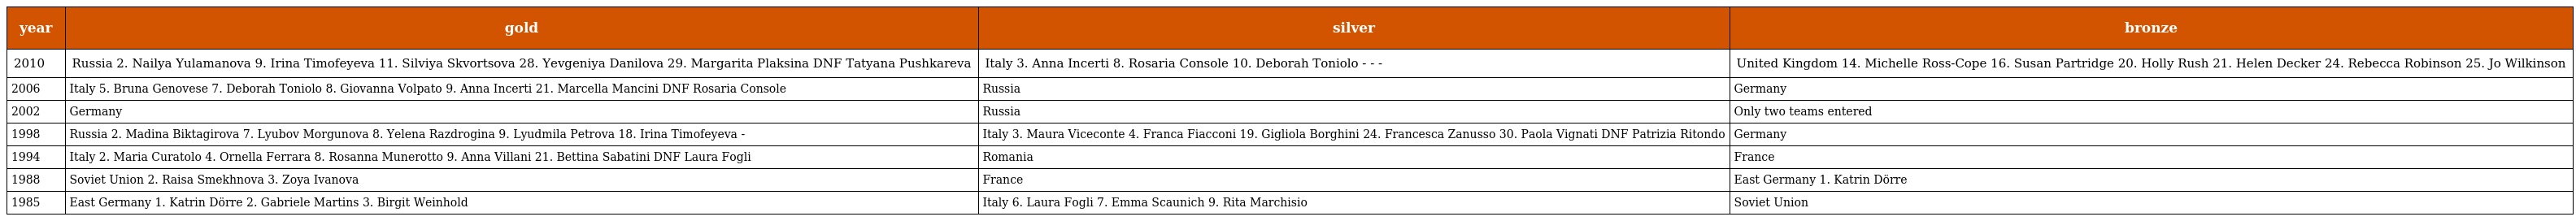
| year | gold | silver | bronze |
 | --- | --- | --- | --- |
 | 2010 | Russia 2. Nailya Yulamanova 9. Irina Timofeyeva 11. Silviya Skvortsova 28. Yevgeniya Danilova 29. Margarita Plaksina DNF Tatyana Pushkareva | Italy 3. Anna Incerti 8. Rosaria Console 10. Deborah Toniolo - - - | United Kingdom 14. Michelle Ross-Cope 16. Susan Partridge 20. Holly Rush 21. Helen Decker 24. Rebecca Robinson 25. Jo Wilkinson |
 | 2006 | Italy 5. Bruna Genovese 7. Deborah Toniolo 8. Giovanna Volpato 9. Anna Incerti 21. Marcella Mancini DNF Rosaria Console | Russia | Germany |
 | 2002 | Germany | Russia | Only two teams entered |
 | 1998 | Russia 2. Madina Biktagirova 7. Lyubov Morgunova 8. Yelena Razdrogina 9. Lyudmila Petrova 18. Irina Timofeyeva - | Italy 3. Maura Viceconte 4. Franca Fiacconi 19. Gigliola Borghini 24. Francesca Zanusso 30. Paola Vignati DNF Patrizia Ritondo | Germany |
 | 1994 | Italy 2. Maria Curatolo 4. Ornella Ferrara 8. Rosanna Munerotto 9. Anna Villani 21. Bettina Sabatini DNF Laura Fogli | Romania | France |
 | 1988 | Soviet Union 2. Raisa Smekhnova 3. Zoya Ivanova | France | East Germany 1. Katrin Dörre |
 | 1985 | East Germany 1. Katrin Dörre 2. Gabriele Martins 3. Birgit Weinhold | Italy 6. Laura Fogli 7. Emma Scaunich 9. Rita Marchisio | Soviet Union |